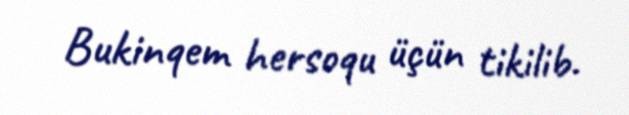
Bukinqem hersoqu üçün tikilib.